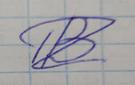
Signature authenticity: forged